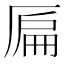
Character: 𠪂